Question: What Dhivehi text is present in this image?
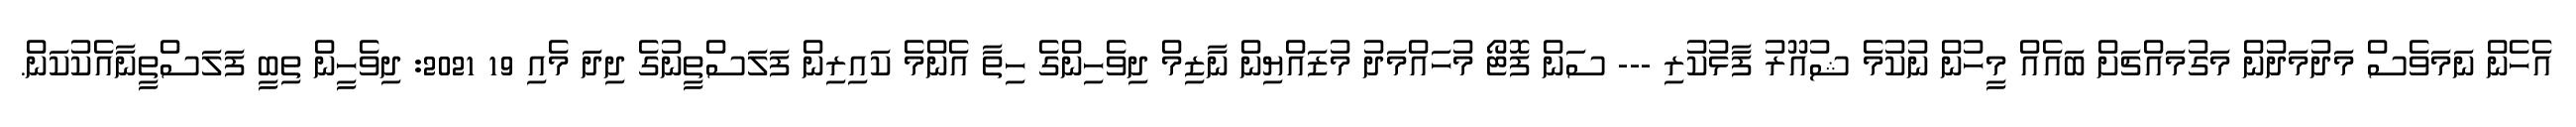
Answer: އެހެން ނަމަވެސް މަދުމަދުން މަގުމައްޗަށް ބައެއް މީހުން ނުކުމެ ޝުއޫރު ފާޅުކުރި --- ސަން ފޮޓޯ މުހައްމަދު މުޒައްޔިން ނާޒިމް ދިވެހިންގެ ހިތާ އެންމެ ކައިރިން ފަލަސްތީނުގެ ދިދަ މެއި 19 2021: ދިވެހީން ތިބީ ފަލަސްތީނާއެކުކަން.